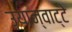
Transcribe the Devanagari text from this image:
उयान्वाट्टे